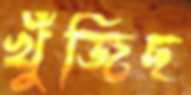
খুঁজিছ